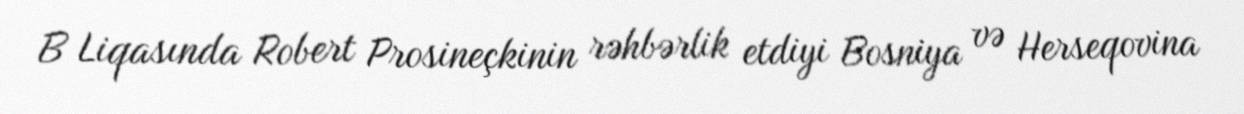
B Liqasında Robert Prosineçkinin rəhbərlik etdiyi Bosniya və Herseqovina